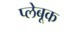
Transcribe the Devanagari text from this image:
प्लेबूक